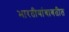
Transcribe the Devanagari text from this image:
भारतीयांबाबतीत